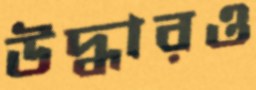
উদ্ধারও